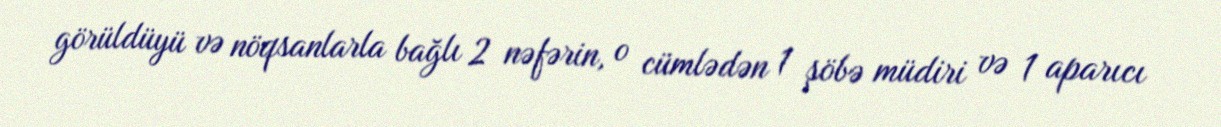
görüldüyü və nöqsanlarla bağlı 2 nəfərin, o cümlədən 1 şöbə müdiri və 1 aparıcı